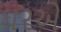
ઘરએ